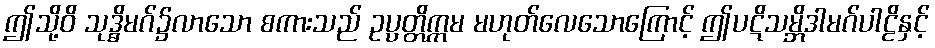
ဤသို့ဝိ သုဒ္ဓိမဂ်၌လာသော စကားသည် ဥပ္ပတ္တိက္ကမ မဟုတ်လေသောကြောင့် ဤပဋိသမ္ဘိဒါမဂ်ပါဠိနှင့်